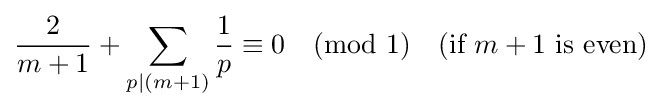
{\frac {2}{m+1}}+\sum _{p|(m+1)}{\frac {1}{p}}\equiv 0{\pmod {1}}\quad {\text{(if }}m+1{\text{ is even)}}